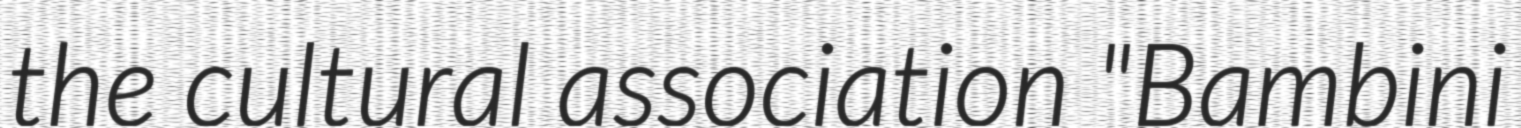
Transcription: the cultural association "Bambini